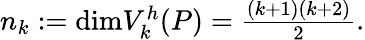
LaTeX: \begin{array}{r}{n_{k}:=\textrm{dim}V_{k}^{h}({P})=\frac{(k+1)(k+2)}{2}.}\end{array}